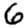
Digit: 6